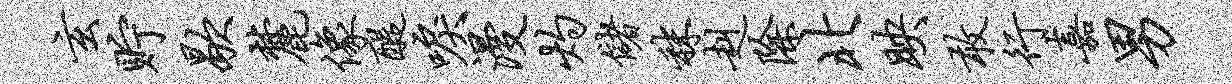
玄贮歇麓像醍唳漫灼储秣赳除北映敢行嘉男